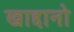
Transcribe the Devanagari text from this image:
खाद्दानो